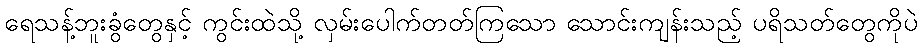
ရေသန့်ဘူးခွံတွေနှင့် ကွင်းထဲသို့ လှမ်းပေါက်တတ်ကြသော သောင်းကျန်းသည့် ပရိသတ်တွေကိုပဲ